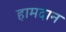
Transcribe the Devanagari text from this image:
हामदान